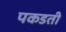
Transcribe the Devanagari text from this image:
पकडती